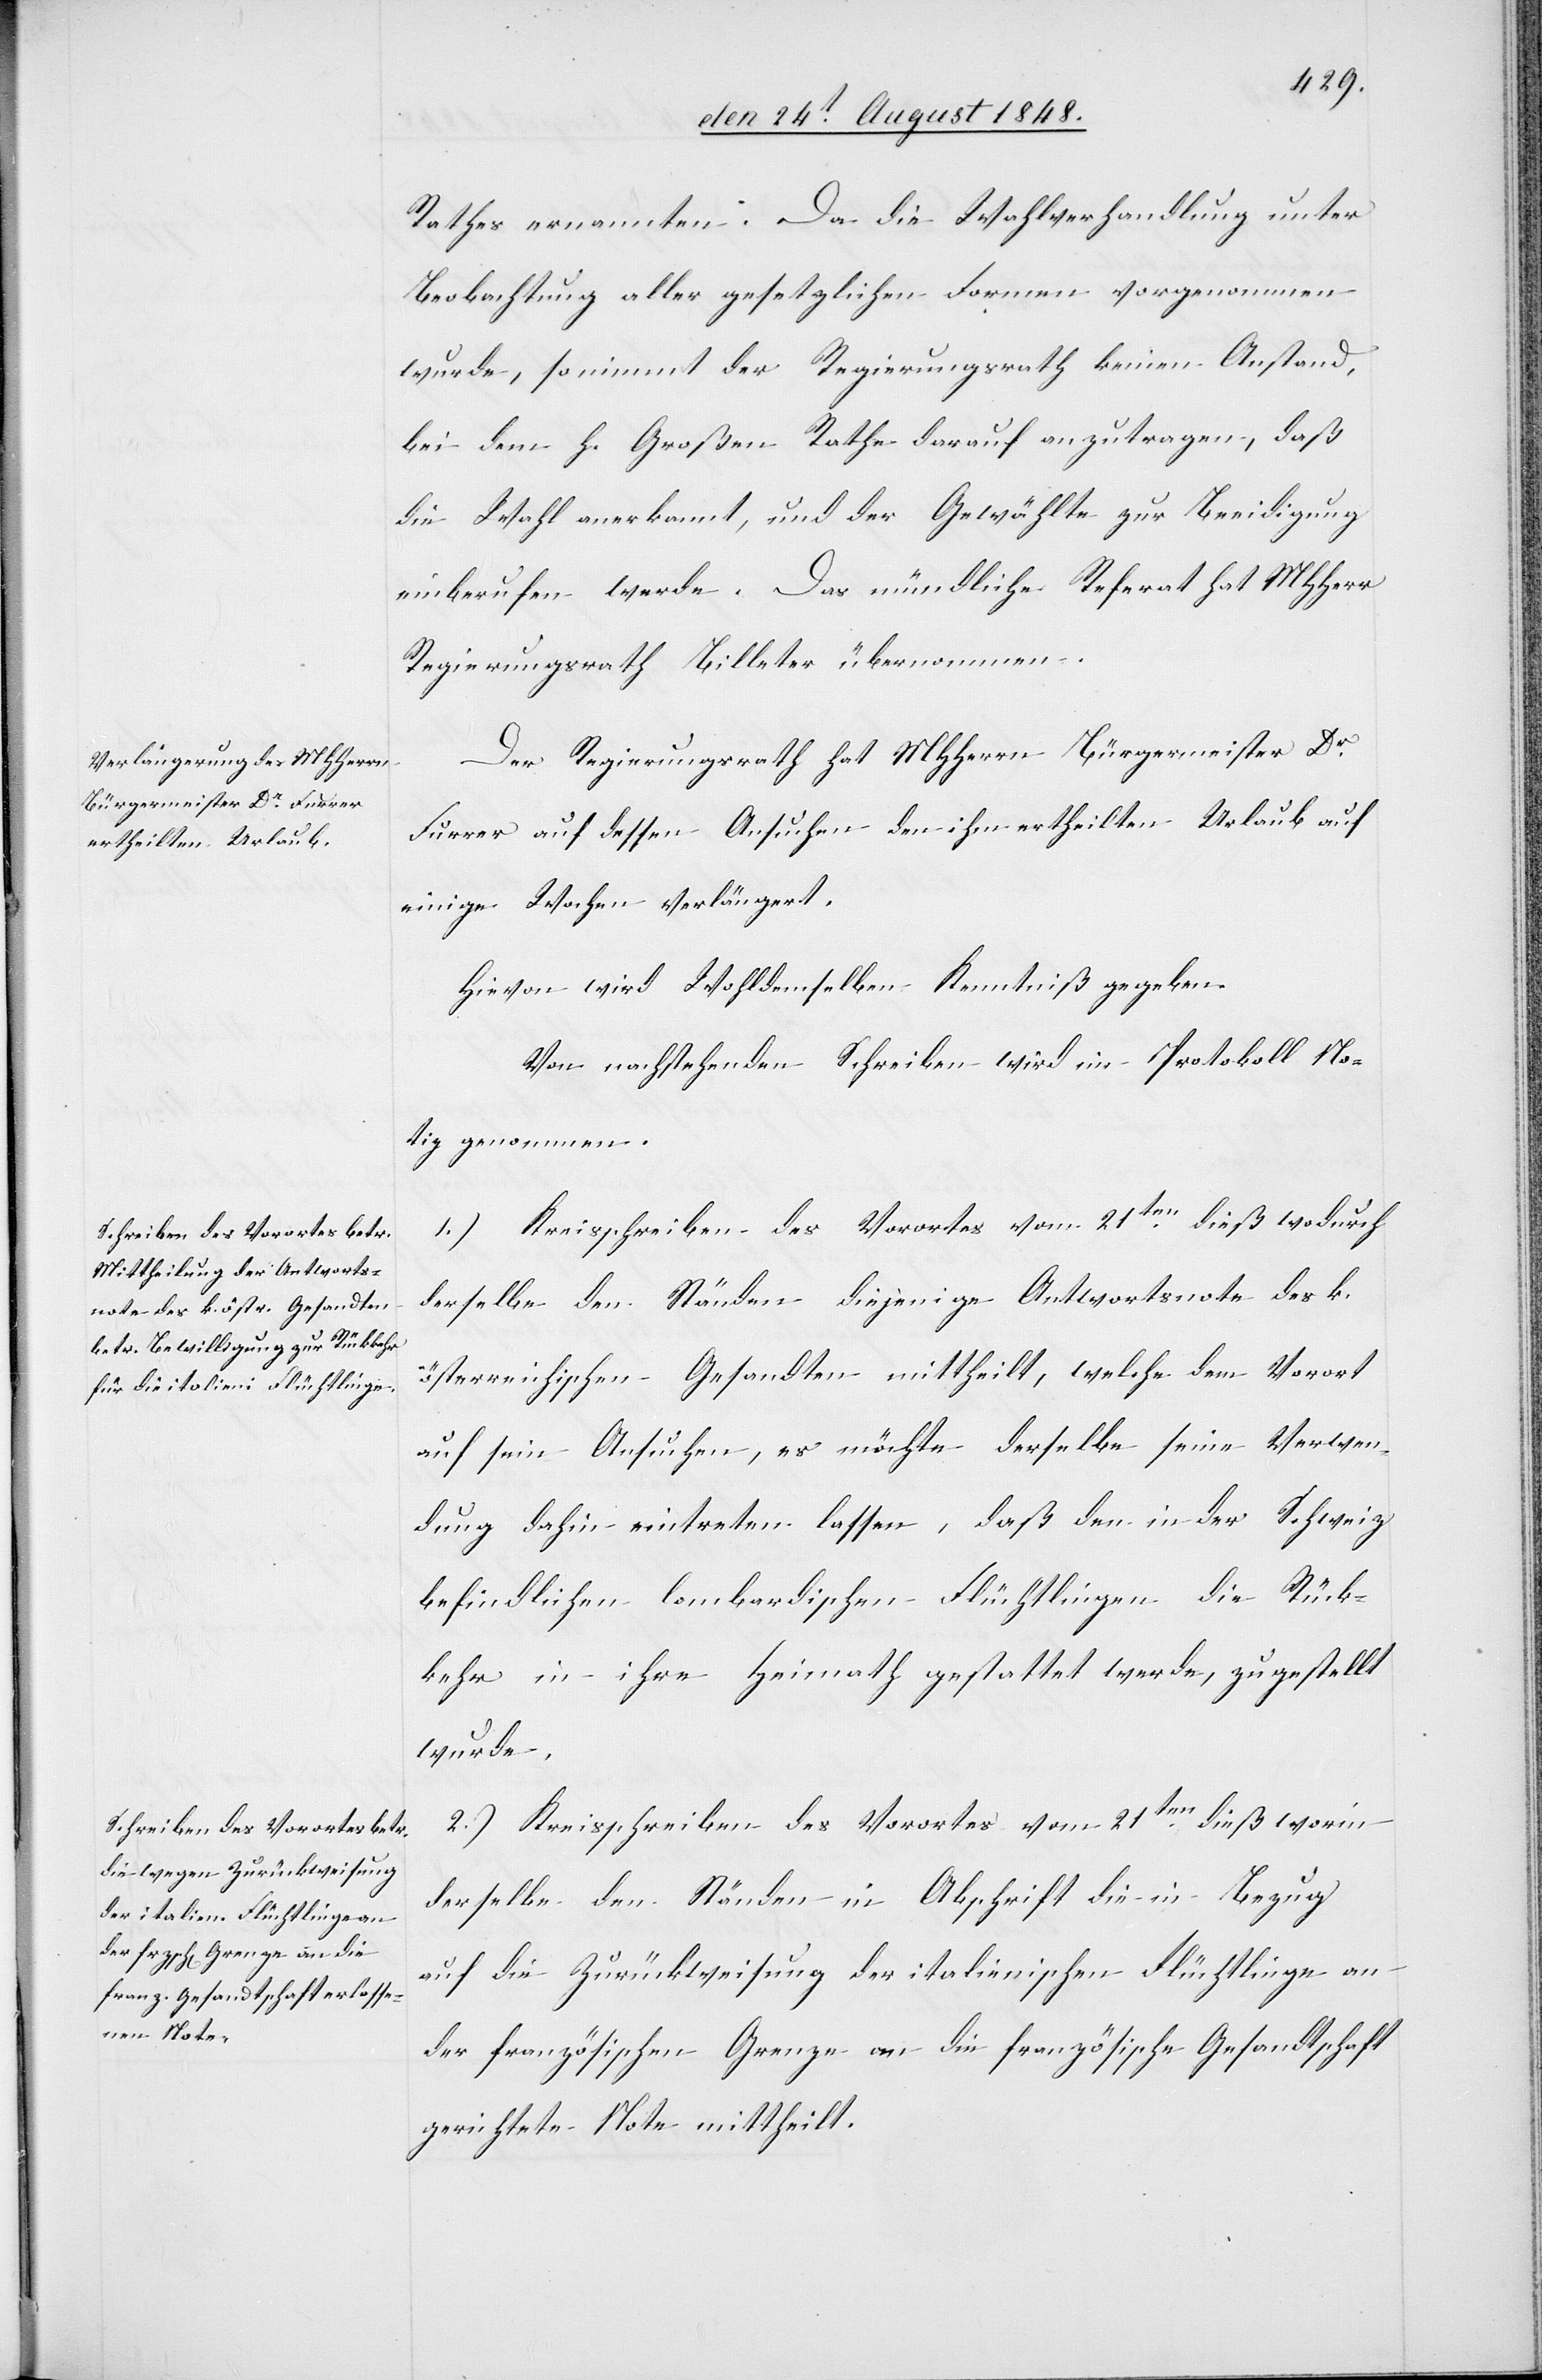
Rathe ernannt. Da die Wahlverhandlung unter
Beobachtung aller gesetzlichen Formen vorgenommen
wurde, so nimmt der Regierungsrath keinen Anstand,
bei dem h. Großen Rathe darauf anzutragen, daß
die Wahl anerkannt, und der Gewählte zur Beeidigung
einberufen werde. Das mündliche Referat hat MHHerr
Regierungsrath Billeter übernommen.
Der Regierungsrath hat MHHerrn Bürgermeister Dr
Furrer auf dessen Ansuchen den ihm ertheilten Urlaub auf
einige Wochen verlängert.
Hievon wird Wohldemselben Kenntniß gegeben.
Von nachstehenden Schreiben wird im Protokoll No¬
tiz genommen.
1.) Kreisschreiben des Vorortes vom 21ten dieß wodurch
derselbe den Ständen diejenige Antwortsnote des k.
österreichischen Gesandten mittheilt, welche dem Vorort
auf sein Ansuchen, es möchte derselbe seine Verwen¬
dung dahin eintreten lassen, daß den in der Schweiz
befindlichen lombardischen Flüchtlingen die Rück¬
kehr in ihre Heimath gestattet werde, zugestellt
wurde.
2.) Kreisschreiben des Vorortes vom 21ten dieß worin
derselbe den Ständen in Abschrift die in Bezug
auf die Zurückweisung der italienischen Flüchtlinge an
der französischen Grenze an die französische Gesandtschaft
gerichtete Note mittheilt.